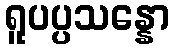
ရူပပ္ပသန္နော